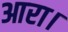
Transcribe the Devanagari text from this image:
आरा।